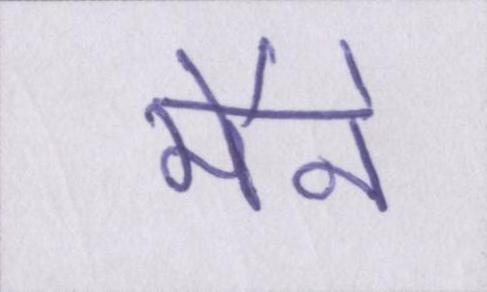
मैने